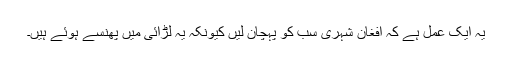
یہ ایک عمل ہے کہ افغان شہری سب کو پہچان لیں کیونکہ یہ لڑائی میں پھنسے ہوئے ہیں۔